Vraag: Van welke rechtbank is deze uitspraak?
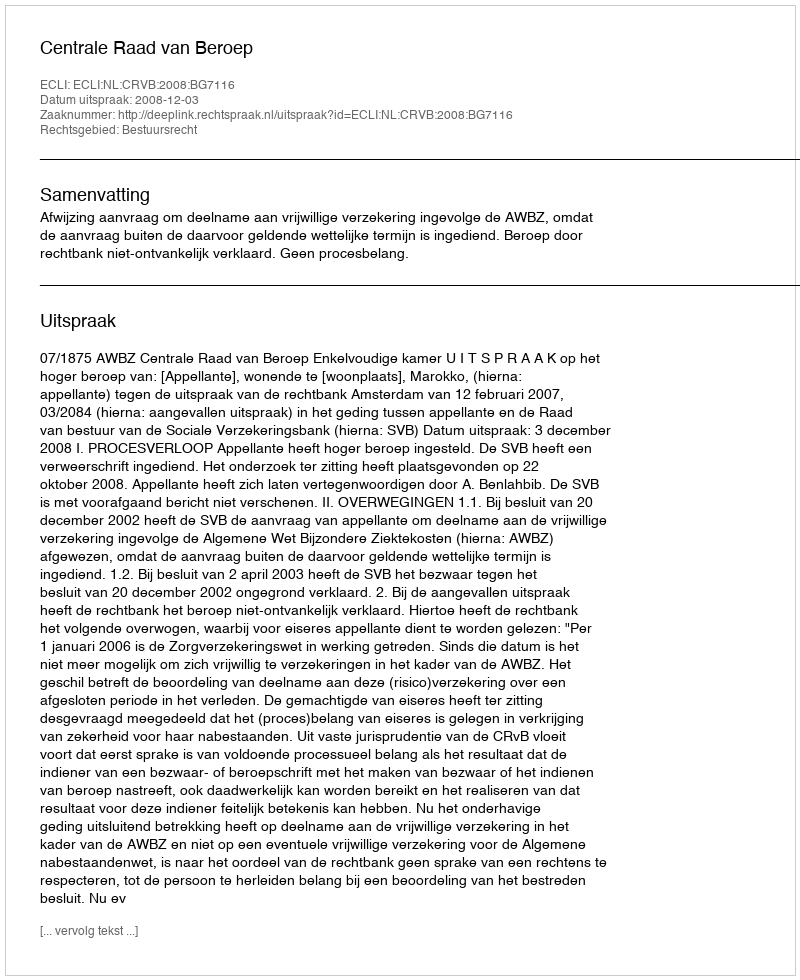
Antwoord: Centrale Raad van Beroep